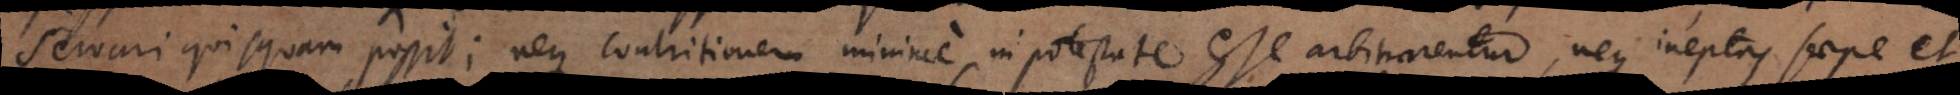
salvari quisquam possit; neque contritionem minime in potestate esse arbitrarentur, neque ineptas saepe et